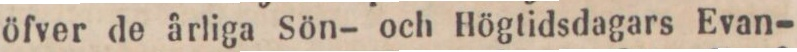
öfver de årliga Sön- och Högtidsdagars Evan-